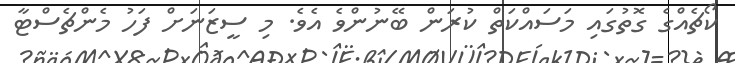
ކޯޗެއްގެ ގޮތުގައި މަސައްކަތް ކުރަން ބޭނުންވެ އެވެ. މި ސީޒަނަށް ފަހު މެންޗެސްޓާ